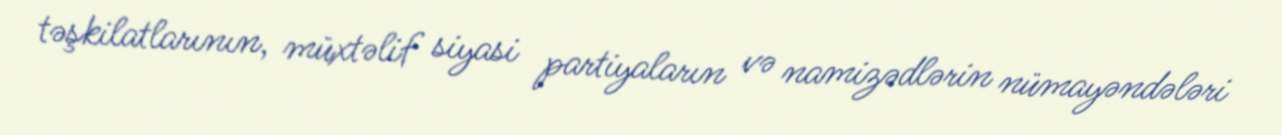
təşkilatlarının, müxtəlif siyasi partiyaların və namizədlərin nümayəndələri